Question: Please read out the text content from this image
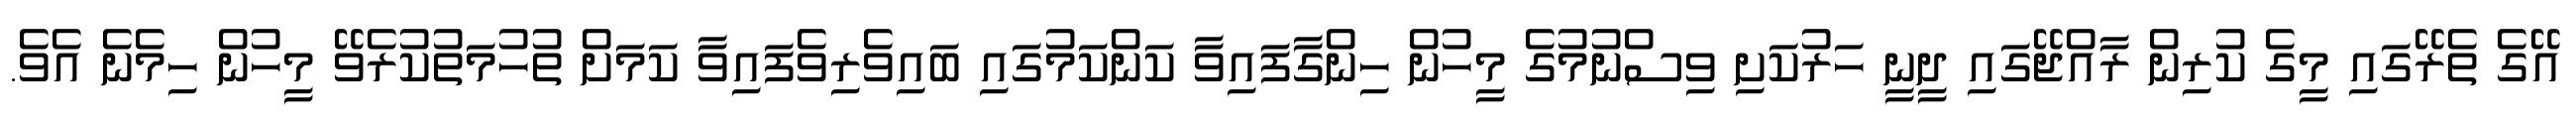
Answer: އޭގެ ތެރޭގައި މީގެ ކުރިން ރާއްޖޭގައި ދީނީ ހަރުކަށި ވިސްނުމުގެ މީހުން ހިންގާފައިވާ ކަންކަމުގައި ބައިވެރިވެފައިވާ ކަމަށް ތުހުމަތުކުރެވޭ މީހުން ހިމެނެ އެވެ.